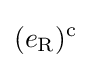
(e_{\rm {R}})^{\text{c}}